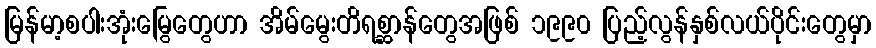
မြန်မာ့စပါးအုံးမြွေတွေဟာ အိမ်မွေးတိရစ္ဆာန်တွေအဖြစ် ၁၉၉၀ ပြည့်လွန်နှစ်လယ်ပိုင်းတွေမှာ